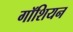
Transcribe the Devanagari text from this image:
गॉशियन